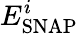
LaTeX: E_{\mathrm{SNAP}}^{i}